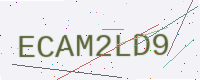
Text: ECAM2LD9